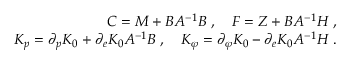
\begin{array} { r } { C = M + B A ^ { - 1 } B \; , \quad F = Z + B A ^ { - 1 } H \; , } \\ { K _ { p } = \partial _ { p } K _ { 0 } + \partial _ { e } K _ { 0 } A ^ { - 1 } B \; , \quad K _ { \varphi } = \partial _ { \varphi } K _ { 0 } - \partial _ { e } K _ { 0 } A ^ { - 1 } H \; . } \end{array}